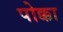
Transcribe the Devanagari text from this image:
पोक्का